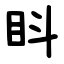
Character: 䀞